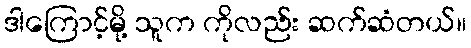
ဒါကြောင့်မို့ သူက ကိုလည်း ဆက်ဆံတယ်။